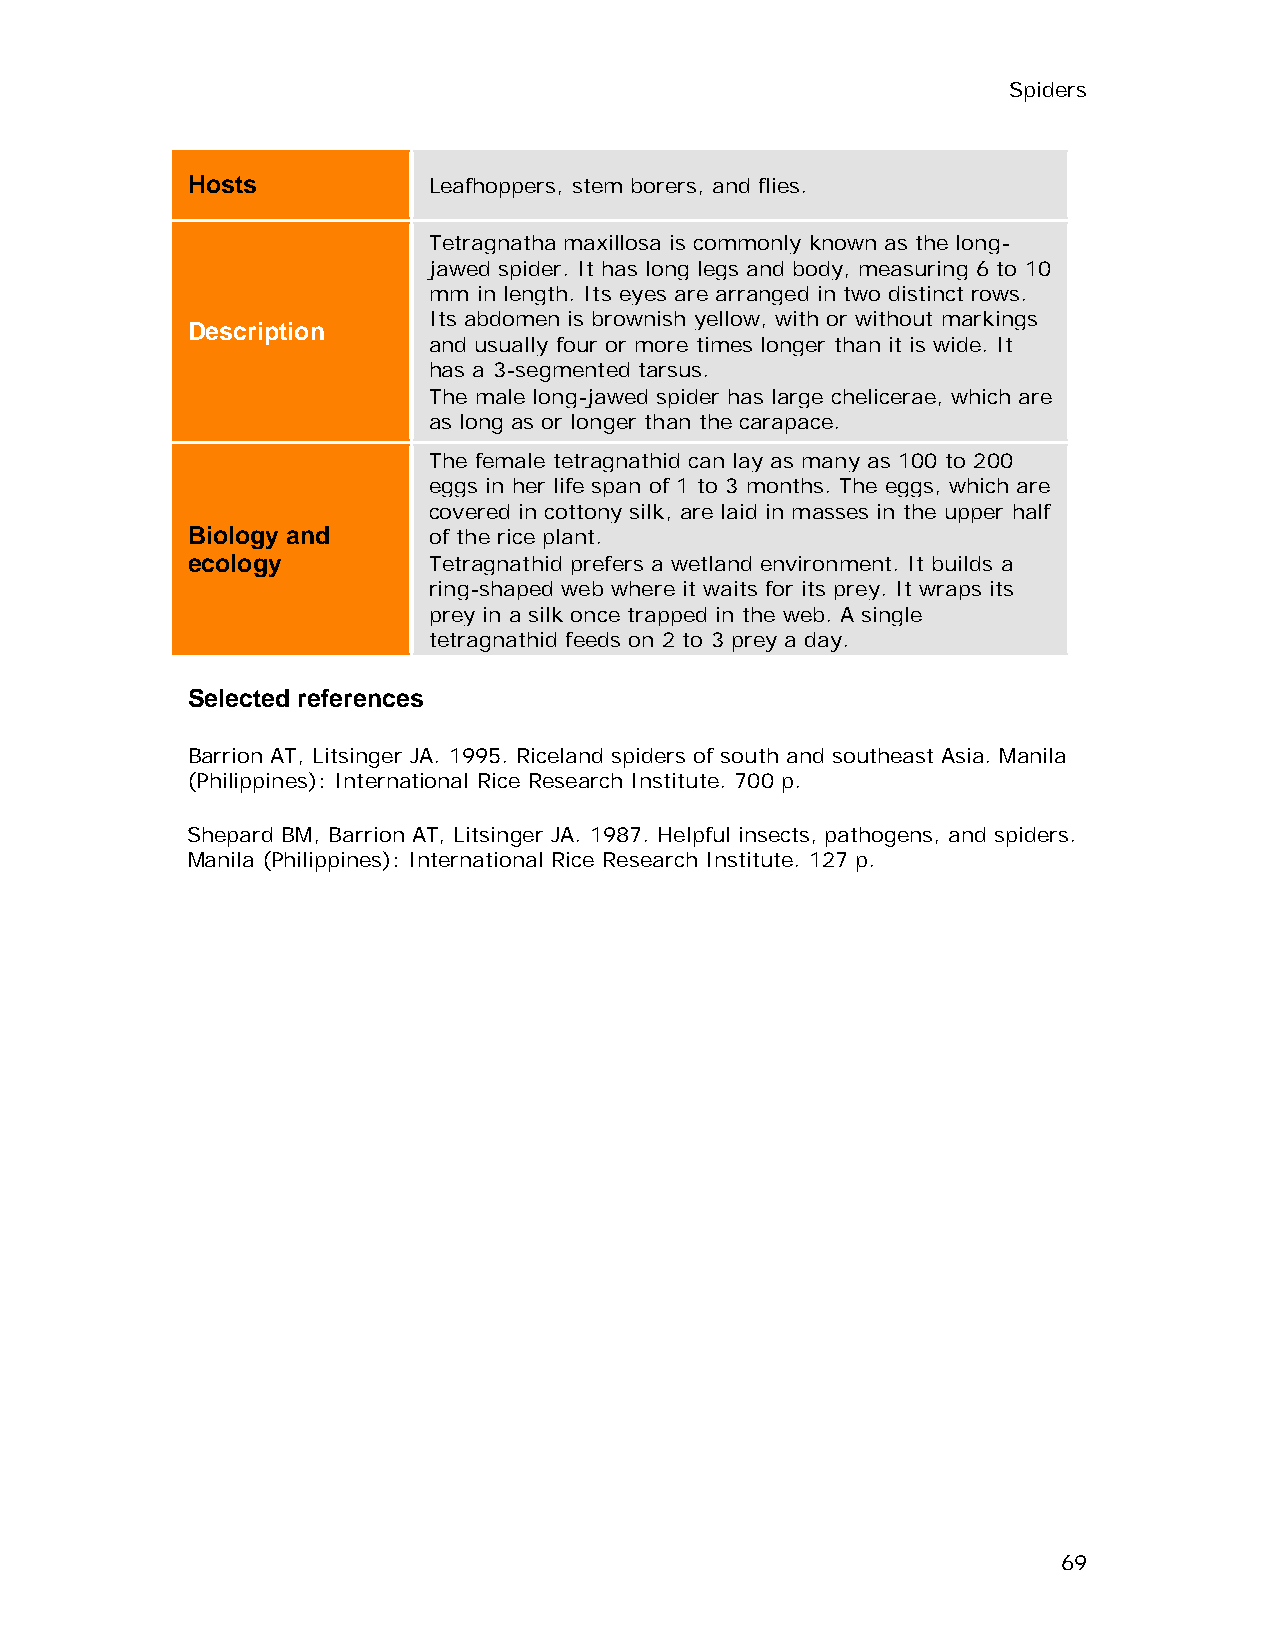
Spiders
 Hosts           Leafhoppers, stem borers, and flies.
 Tetragnatha maxillosa is commonly known as the long-
 jawed spider. It has long legs and body, measuring 6 to 10
 mm  in length. Its eyes are arranged in two distinct rows.
 Its abdomen is brownish yellow, with or without markings
 Description
 and usually four or more times longer than it is wide. It
 has a 3-segmented tarsus.
 The male long-jawed spider has large chelicerae, which are
 as long as or longer than the carapace.
 The female tetragnathid can lay as many as 100 to 200
 eggs in her life span of 1 to 3 months. The eggs, which are
 covered in cottony silk, are laid in masses in the upper half
 Biology and     of the rice plant.
 ecology         Tetragnathid prefers a wetland environment. It builds a
 ring-shaped web where it waits for its prey. It wraps its
 prey in a silk once trapped in the web. A single
 tetragnathid feeds on 2 to 3 prey a day.
 Selected references
 Barrion AT, Litsinger JA. 1995. Riceland spiders of south and southeast Asia. Manila
 (Philippines): International Rice Research Institute. 700 p.
 Shepard BM, Barrion AT, Litsinger JA. 1987. Helpful insects, pathogens, and spiders.
 Manila (Philippines): International Rice Research Institute. 127 p.
 69